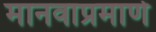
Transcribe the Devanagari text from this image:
मानवाप्रमाणे